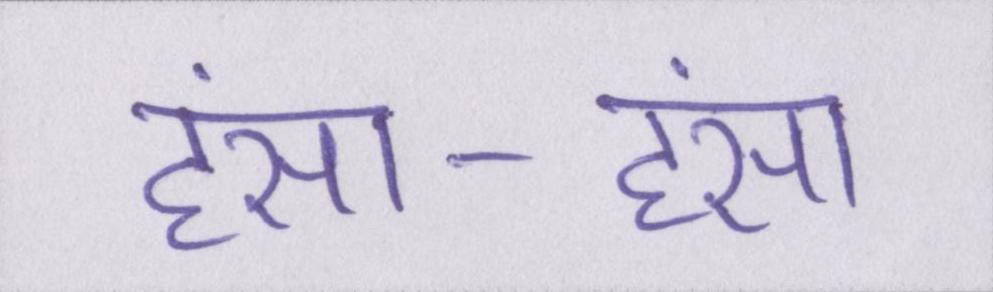
हंसा-हंसा